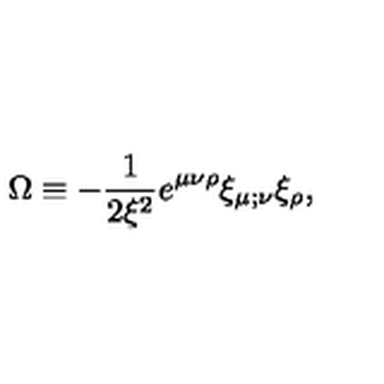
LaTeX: \Omega \equiv - \frac { 1 } { 2 \xi ^ { 2 } } e ^ { \mu \nu \rho } \xi _ { \mu ; \nu } \xi _ { \rho } ,